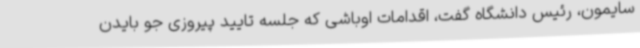
سایمون، رئیس دانشگاه گفت، اقدامات اوباشی که جلسه تایید پیروزی جو بایدن